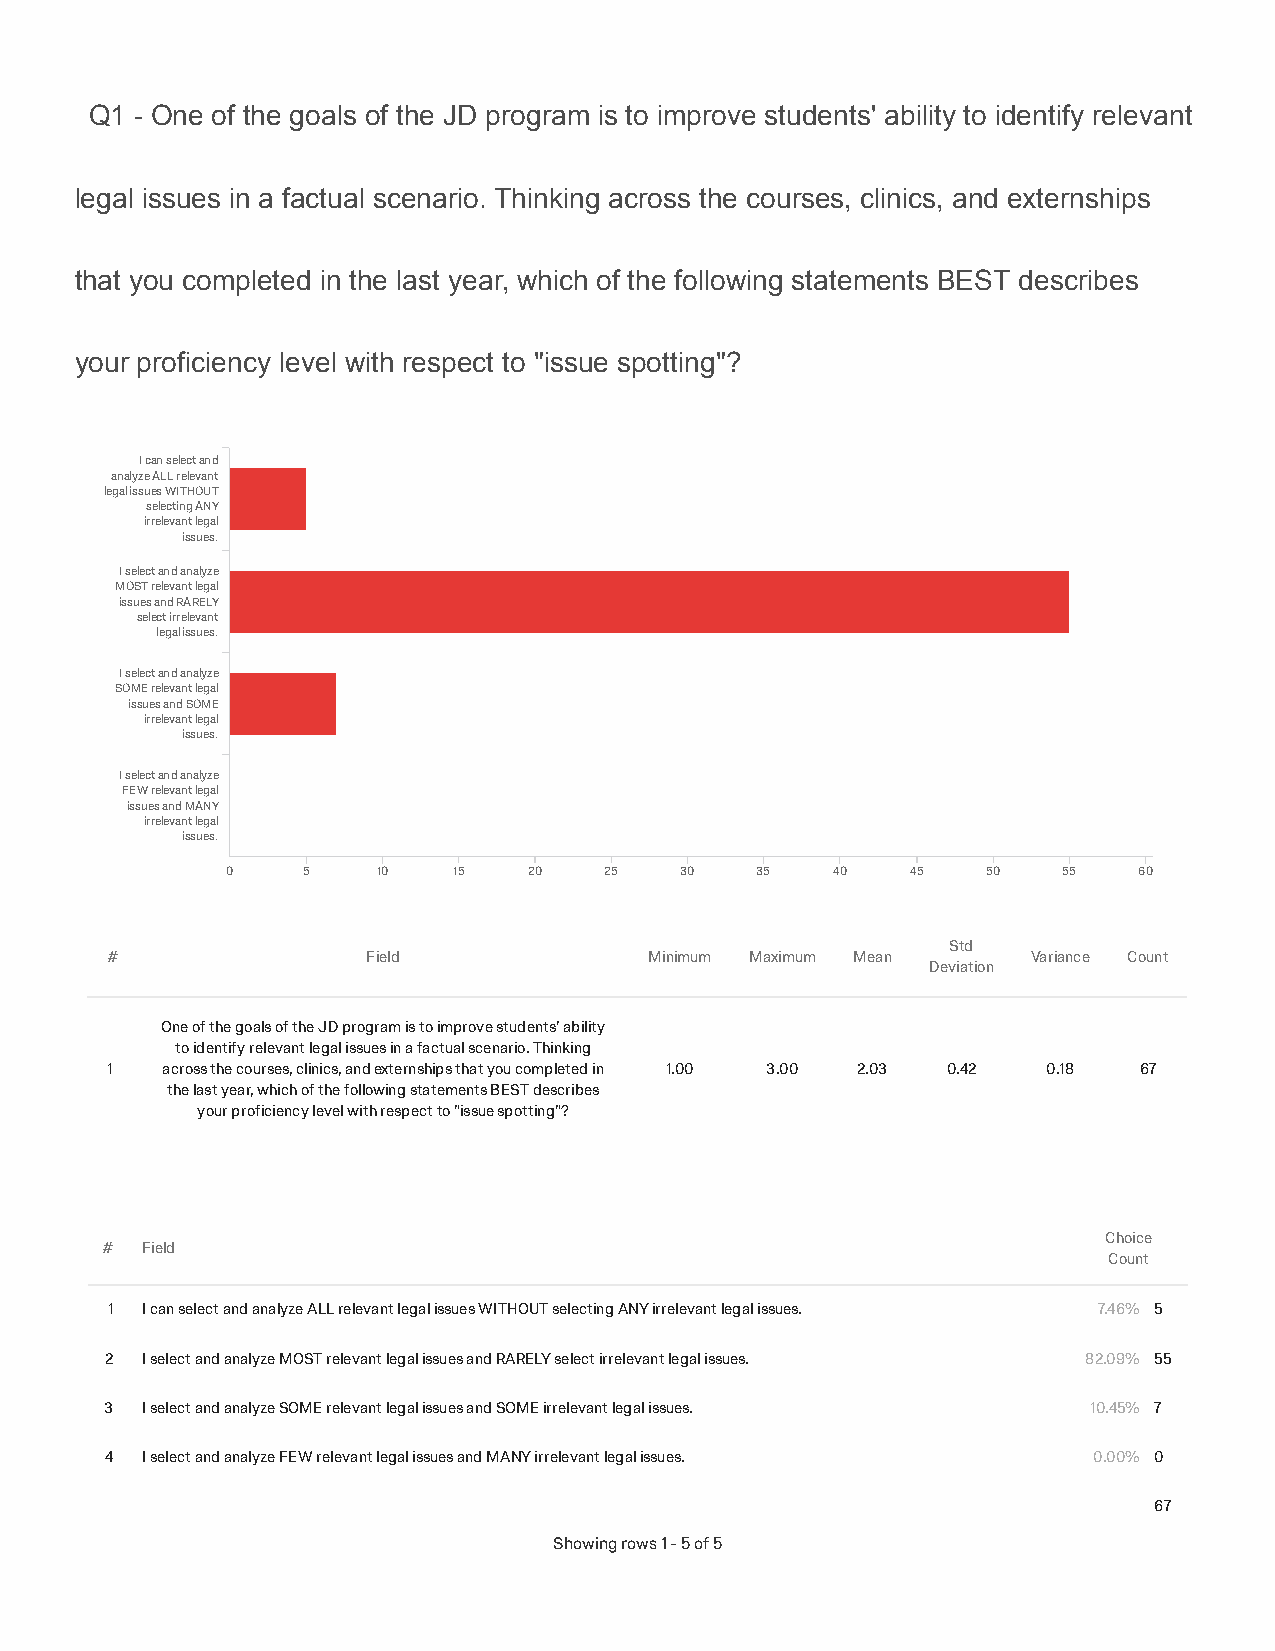
Q1 - One of the goals of the JD program is to improve students' ability to identify relevant
 legal issues in a factual scenario. Thinking across the courses, clinics, and externships
 that you completed in the last year, which of the following statements BEST describes
 your proficiency level with respect to "issue spotting"?
 I can select and
 analyze ALL relevant
 legal issues WITHOUT
 selecting ANY
 irrelevant legal
 issues.
 I select and analyze
 MOST relevant legal
 issues and RARELY
 select irrelevant
 legal issues.
 I select and analyze
 SOME relevant legal
 issues and SOME
 irrelevant legal
 issues.
 I select and analyze
 FEW relevant legal
 issues and MANY
 irrelevant legal
 issues.
 0    5    10   15   20   25   30   35   40   45   50   55   60
 Std
 #                Field              Minimum Maximum Mean     Variance Count
 Deviation
 One of the goals of the JD program is to improve students' ability
 to identify relevant legal issues in a factual scenario. Thinking
 1   across the courses, clinics, and externships that you completed in 1.00 3.00 2.03 0.42 0.18 67
 the last year, which of the following statements BEST describes
 your proficiency level with respect to "issue spotting"?
 Choice
 # Field
 Count
 1 I can select and analyze ALL relevant legal issues WITHOUT selecting ANY irrelevant legal issues. 7.46% 5
 2 I select and analyze MOST relevant legal issues and RARELY select irrelevant legal issues. 82.09% 55
 3 I select and analyze SOME relevant legal issues and SOME irrelevant legal issues. 10.45% 7
 4 I select and analyze FEW relevant legal issues and MANY irrelevant legal issues. 0.00% 0
 67
 Showing rows 1 - 5 of 5